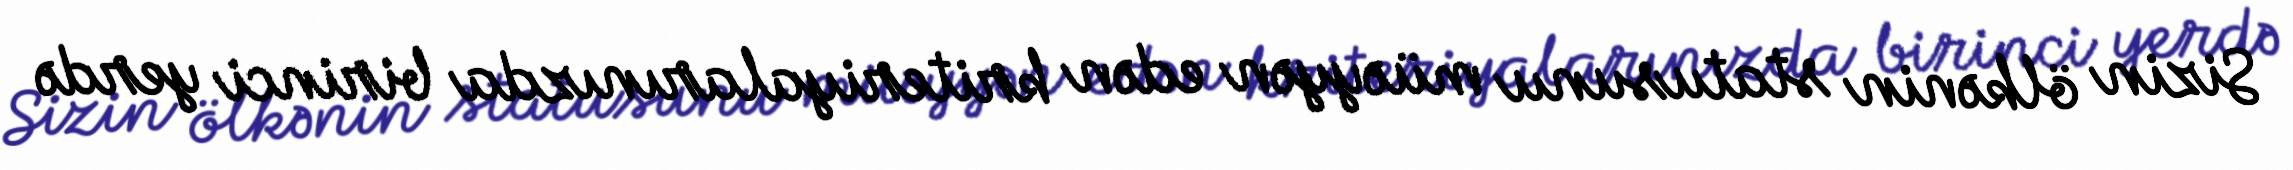
Sizin ölkənin statusunu müəyyən edən kriteriyalarınızda birinci yerdə